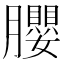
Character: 䑍